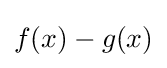
f(x)-g(x)